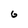
Character: 6